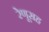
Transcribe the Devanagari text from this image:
रेणूसह